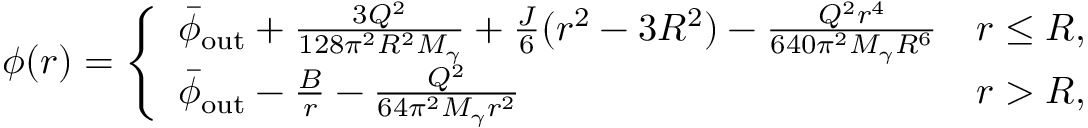
\phi ( r ) = \left\{ \begin{array} { l l } { \bar { \phi } _ { \mathrm { o u t } } + \frac { 3 Q ^ { 2 } } { 1 2 8 \pi ^ { 2 } R ^ { 2 } M _ { \gamma } } + \frac { J } { 6 } ( r ^ { 2 } - 3 R ^ { 2 } ) - \frac { Q ^ { 2 } r ^ { 4 } } { 6 4 0 \pi ^ { 2 } M _ { \gamma } R ^ { 6 } } } & { r \leq R , } \\ { \bar { \phi } _ { \mathrm { o u t } } - \frac { B } { r } - \frac { Q ^ { 2 } } { 6 4 \pi ^ { 2 } M _ { \gamma } r ^ { 2 } } } & { r > R , } \end{array} \right.